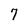
Character: 7